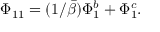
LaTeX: \Phi _ { 1 1 } = ( 1 / \bar { \beta } ) \Phi _ { 1 } ^ { b } + \Phi _ { 1 } ^ { c } .